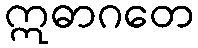
ဣဓာဂတေ